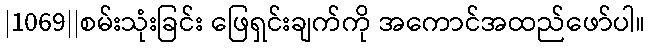
|1069||စမ်းသုံးခြင်း ဖြေရှင်းချက်ကို အကောင်အထည်ဖော်ပါ။